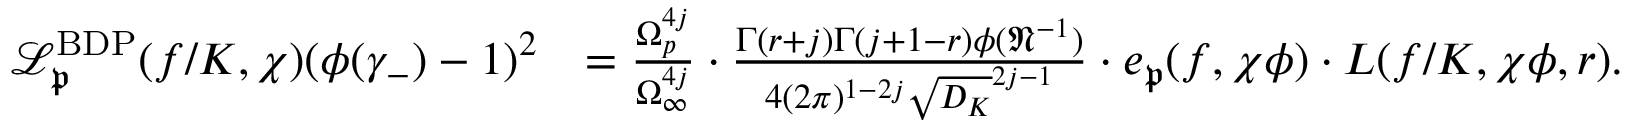
\begin{array} { r l } { \mathscr { L } _ { \mathfrak { p } } ^ { \mathrm { B D P } } ( f / K , \chi ) ( \phi ( \gamma _ { - } ) - 1 ) ^ { 2 } } & { = \frac { \Omega _ { p } ^ { 4 j } } { \Omega _ { \infty } ^ { 4 j } } \cdot \frac { \Gamma ( r + j ) \Gamma ( j + 1 - r ) \phi ( \mathfrak { N } ^ { - 1 } ) } { 4 ( 2 \pi ) ^ { 1 - 2 j } \sqrt { D _ { K } } ^ { 2 j - 1 } } \cdot e _ { \mathfrak { p } } ( f , \chi \phi ) \cdot L ( f / K , \chi \phi , r ) . } \end{array}